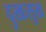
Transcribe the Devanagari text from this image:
दुखःसुख